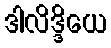
ဒါလိဒ္ဒိယေ